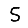
Digit: 5